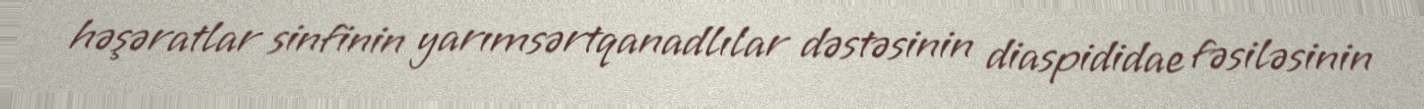
həşəratlar sinfinin yarımsərtqanadlılar dəstəsinin diaspididae fəsiləsinin